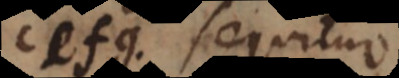
cefg, sequitur